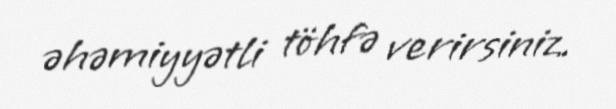
əhəmiyyətli töhfə verirsiniz.